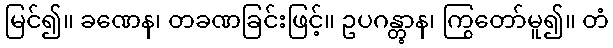
မြင်၍။ ခဏေန၊ တခဏခြင်းဖြင့်။ ဥပဂန္တွာန၊ ကြွတော်မူ၍။ တံ